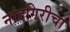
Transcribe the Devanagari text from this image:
नांदगिरीचा